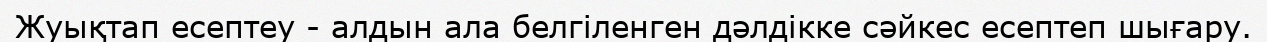
Жуықтап есептеу - алдын ала белгіленген дәлдікке сәйкес есептеп шығару.